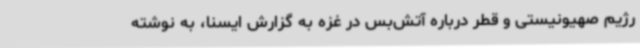
رژیم صهیونیستی و قطر درباره آتش‌بس در غزه به گزارش ایسنا، به نوشته